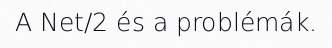
A Net/2 és a problémák.